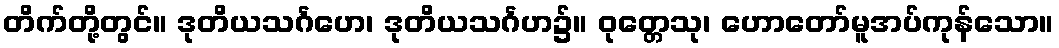
တိက်တို့တွင်။ ဒုတိယသင်္ဂဟေ၊ ဒုတိယသင်္ဂဟ၌။ ဝုတ္တေသု၊ ဟောတော်မူအပ်ကုန်သော။